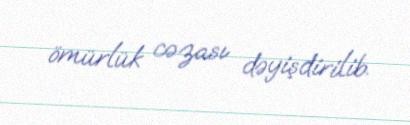
ömürlük cəzası dəyişdirilib.